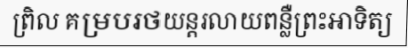
ព្រិល គម្របរថយន្តរលាយពន្លឺព្រះអាទិត្យ